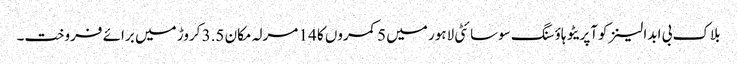
بلاک بی ابدالینزکوآپریٹو ہاؤسنگ سوسائٹی لاہور میں 5 کمروں کا 14 مرلہ مکان 3.5 کروڑ میں برائے فروخت۔